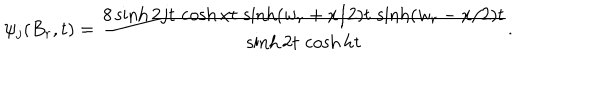
\psi _ { j } ( B _ { r } , t ) = \frac { 8 \sinh 2 j t \, \cosh x t \, \sinh ( w _ { r } + x / 2 ) t \, \sinh ( w _ { r } - x / 2 ) t } { \sinh 2 t \, \cosh h t } .